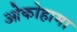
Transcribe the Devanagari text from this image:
ओकोहामा